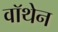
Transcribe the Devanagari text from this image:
वॉथेन